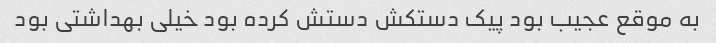
به موقع عجیب بود پیک دستکش دستش کرده بود خیلی بهداشتی بود